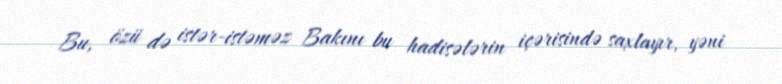
Bu, özü də istər-istəməz Bakını bu hadisələrin içərisində saxlayır, yəni